NAE_ERA_R-1665_Eesti_Kunstnike_Liit, lk 53
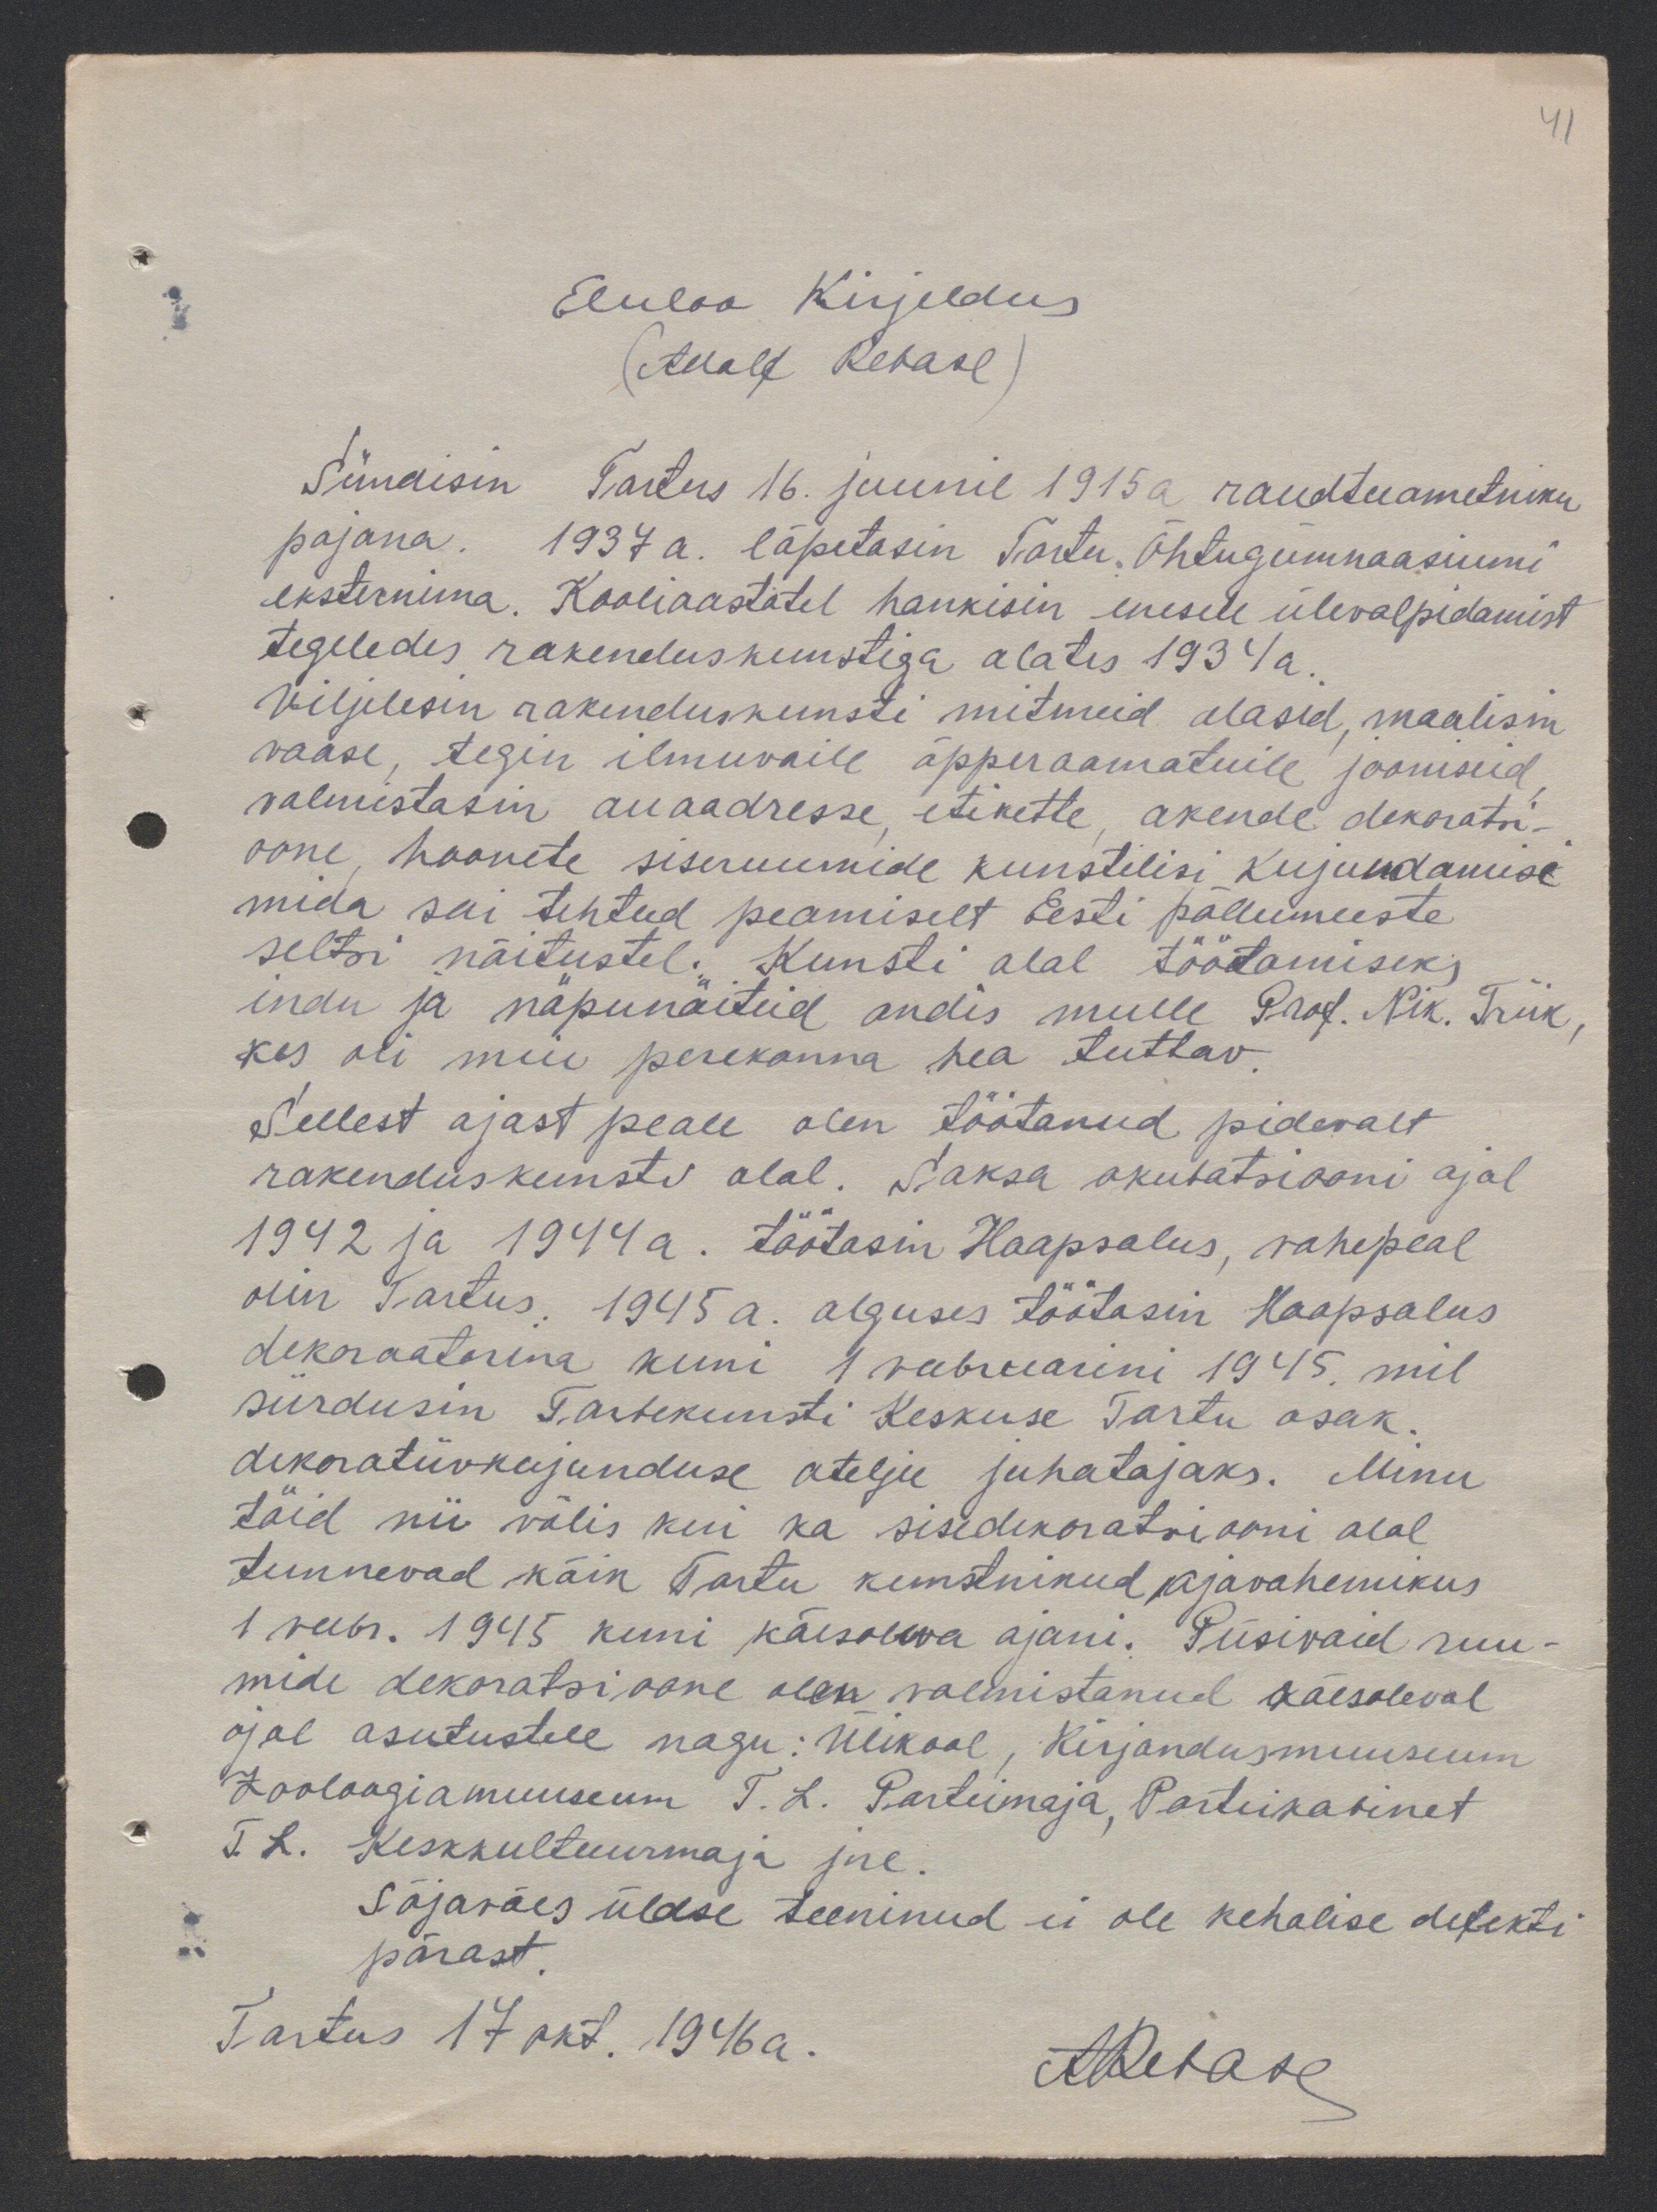
41

Eluloo Kirjeldus
(Adolf Rebase)
Sündisin Tartus 16. juunil 1915a raudteeametniku
pojana. 1937 a. lõpetasin Tartu Õhtugümnaasiumi
eksternima. Kooliaastatel hankisin enesele ülevalpidamist
tegeledes rakenduskunstiga alates 1934 a.
Viljelesin rakenduskunsti mitmeid alasid, maalisin
vaase, tegin ilmuvaile õpperaamatuile jooniseid,
valmistasin auaadresse, etikette, akende dekoratsi-
oone, hoonete siseruumide kunstilisi kujundamisi
mida sai tehtud peamiselt Eesti põllumeeste
seltsi näitustel. Kunsti alal töötamiseks
indu ja näpunäiteid andis mulle Prof. Nik. Triik,
kes oli meie perekonna hea tuttav.
Sellest ajast peale olen töötanud pidevalt
rakenduskunsti alal. Saksa okupatsiooni ajal
1942 ja 1944 a. töötasin Haapsalus, vahepeal
olin Tartus. 1945 a. alguses töötasin Haapsalus
dekoraatorina kuni 1 veebruarini 1945, mil
siirdusin Tarbekunsti Keskuse Tartu osak.
dekoratiivkujunduse ateljee juhatajaks. Minu
töid nii välis kui ka sisedekoratsiooni alal
tunnevad kõik Tartu kunstnikud ajavahemikus
1 veebr. 1945 kuni käesoleva ajani. Püsivaid ruu-
mide dekoratsioone olen valmistanud käesoleval
ajal asutustele nagu: Ülikool, Kirjandusmuuseum
Zooloogiamuuseum T. L. Parteimaja, Parteikabinet
T.L. Keskkultuurmaja jne.
Sõjaväes üldse teeninud ei ole kehalise defekti
pärast.
Tartus 17 okt. 1946a.
ARebase